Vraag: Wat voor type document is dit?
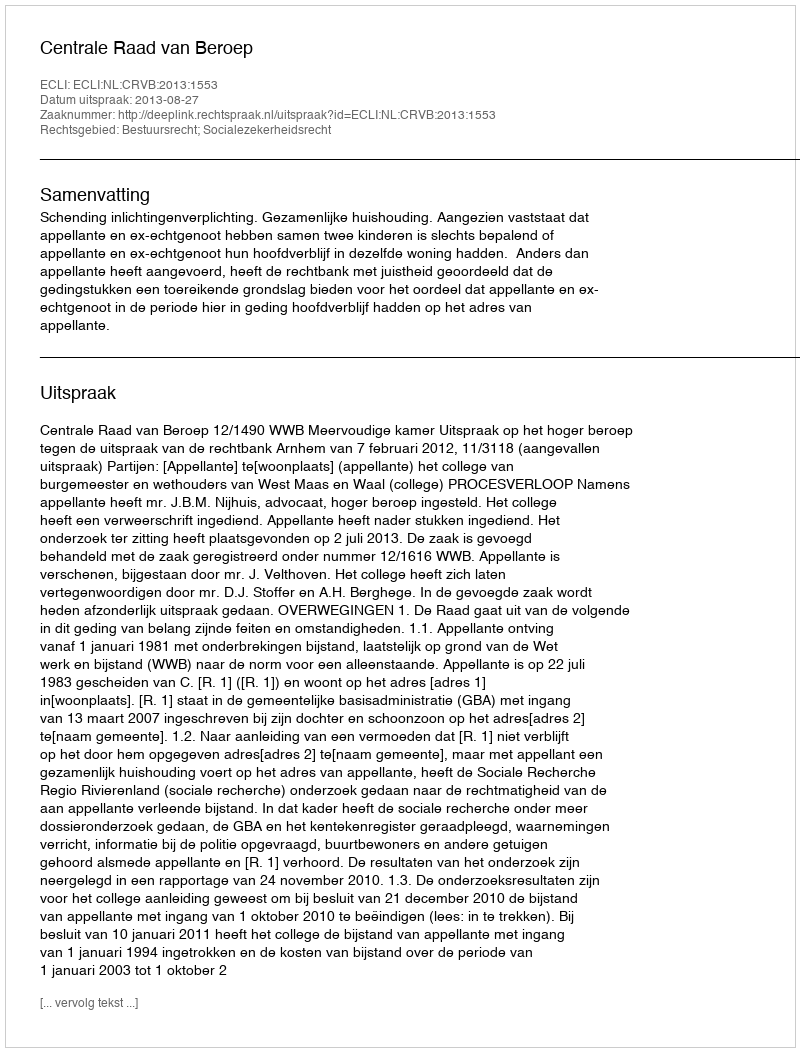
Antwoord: Uitspraak